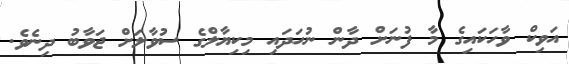
އަވިކް ވާހަކައިގެ މާ ފުނަށް ދާން ނުހަދައި މިކިޔާލްގެ ސުވާލަށް ޖަވާބު ދިނެވެ.